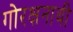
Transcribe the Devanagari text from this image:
गोरक्षनाथी